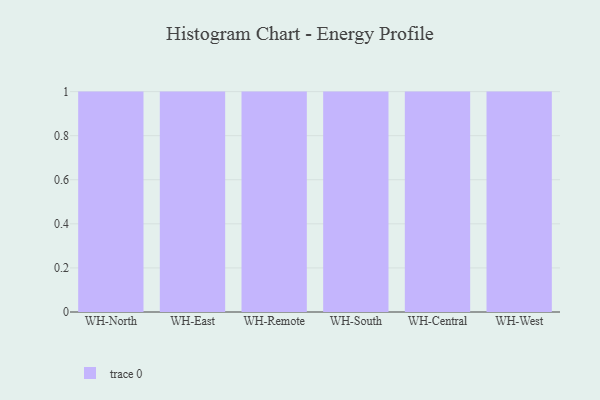
{"axis": {"x": "Warehouse", "y": "Tickets Resolved"}, "legend": [""], "data": [{"x": "WH-North", "y": 46, "type": ""}, {"x": "WH-East", "y": 24, "type": ""}, {"x": "WH-Remote", "y": 1, "type": ""}, {"x": "WH-South", "y": 11, "type": ""}, {"x": "WH-Central", "y": 43, "type": ""}, {"x": "WH-West", "y": 76, "type": ""}]}